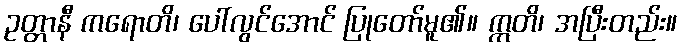
ဥတ္တာနီ ကရောတိ၊ ပေါ်လွင်အောင် ပြုတော်မူ၏။ ဣတိ၊ အပြီးတည်း။